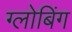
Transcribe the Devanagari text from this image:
ग्लोबिंग